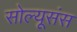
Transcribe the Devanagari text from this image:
सोल्यूसंस